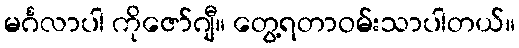
မင်္ဂလာပါ ကိုဇော်ဂျီ။ တွေ့ရတာဝမ်းသာပါတယ်။